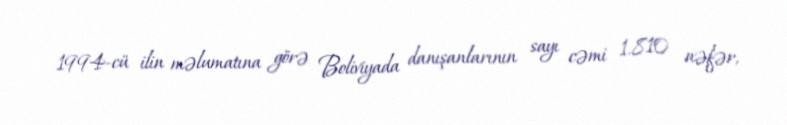
1994-cü ilin məlumatına görə Boliviyada danışanlarının sayı cəmi 1.810 nəfər,